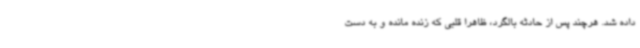
داده شد. هرچند پس از حادثه بالگرد، ظاهرا قلبی که زنده مانده و به دست